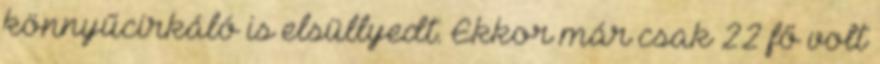
könnyűcirkáló is elsüllyedt. Ekkor már csak 22 fő volt